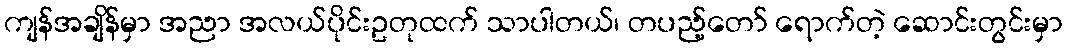
ကျန်အချိန်မှာ အညာ အလယ်ပိုင်းဥတုထက် သာပါတယ်၊ တပည့်တော် ရောက်တဲ့ ဆောင်းတွင်းမှာ